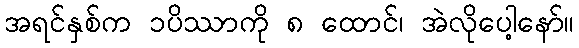
အရင်နှစ်က ၁ပိဿာကို ၈ ထောင်၊ အဲလိုပေါ့နော်။